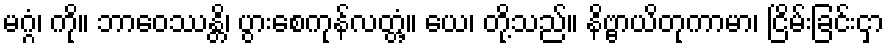
မဂ္ဂံ၊ ကို။ ဘာဝေဿန္တိ၊ ပွားစေကုန်လတ္တံ့။ ယေ၊ တို့သည်။ နိဗ္ဗာယိတုကာမာ၊ ငြိမ်းခြင်းငှာ